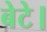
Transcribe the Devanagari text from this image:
बेटे।